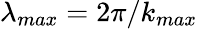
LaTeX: \lambda_{max}=2\pi/k_{max}